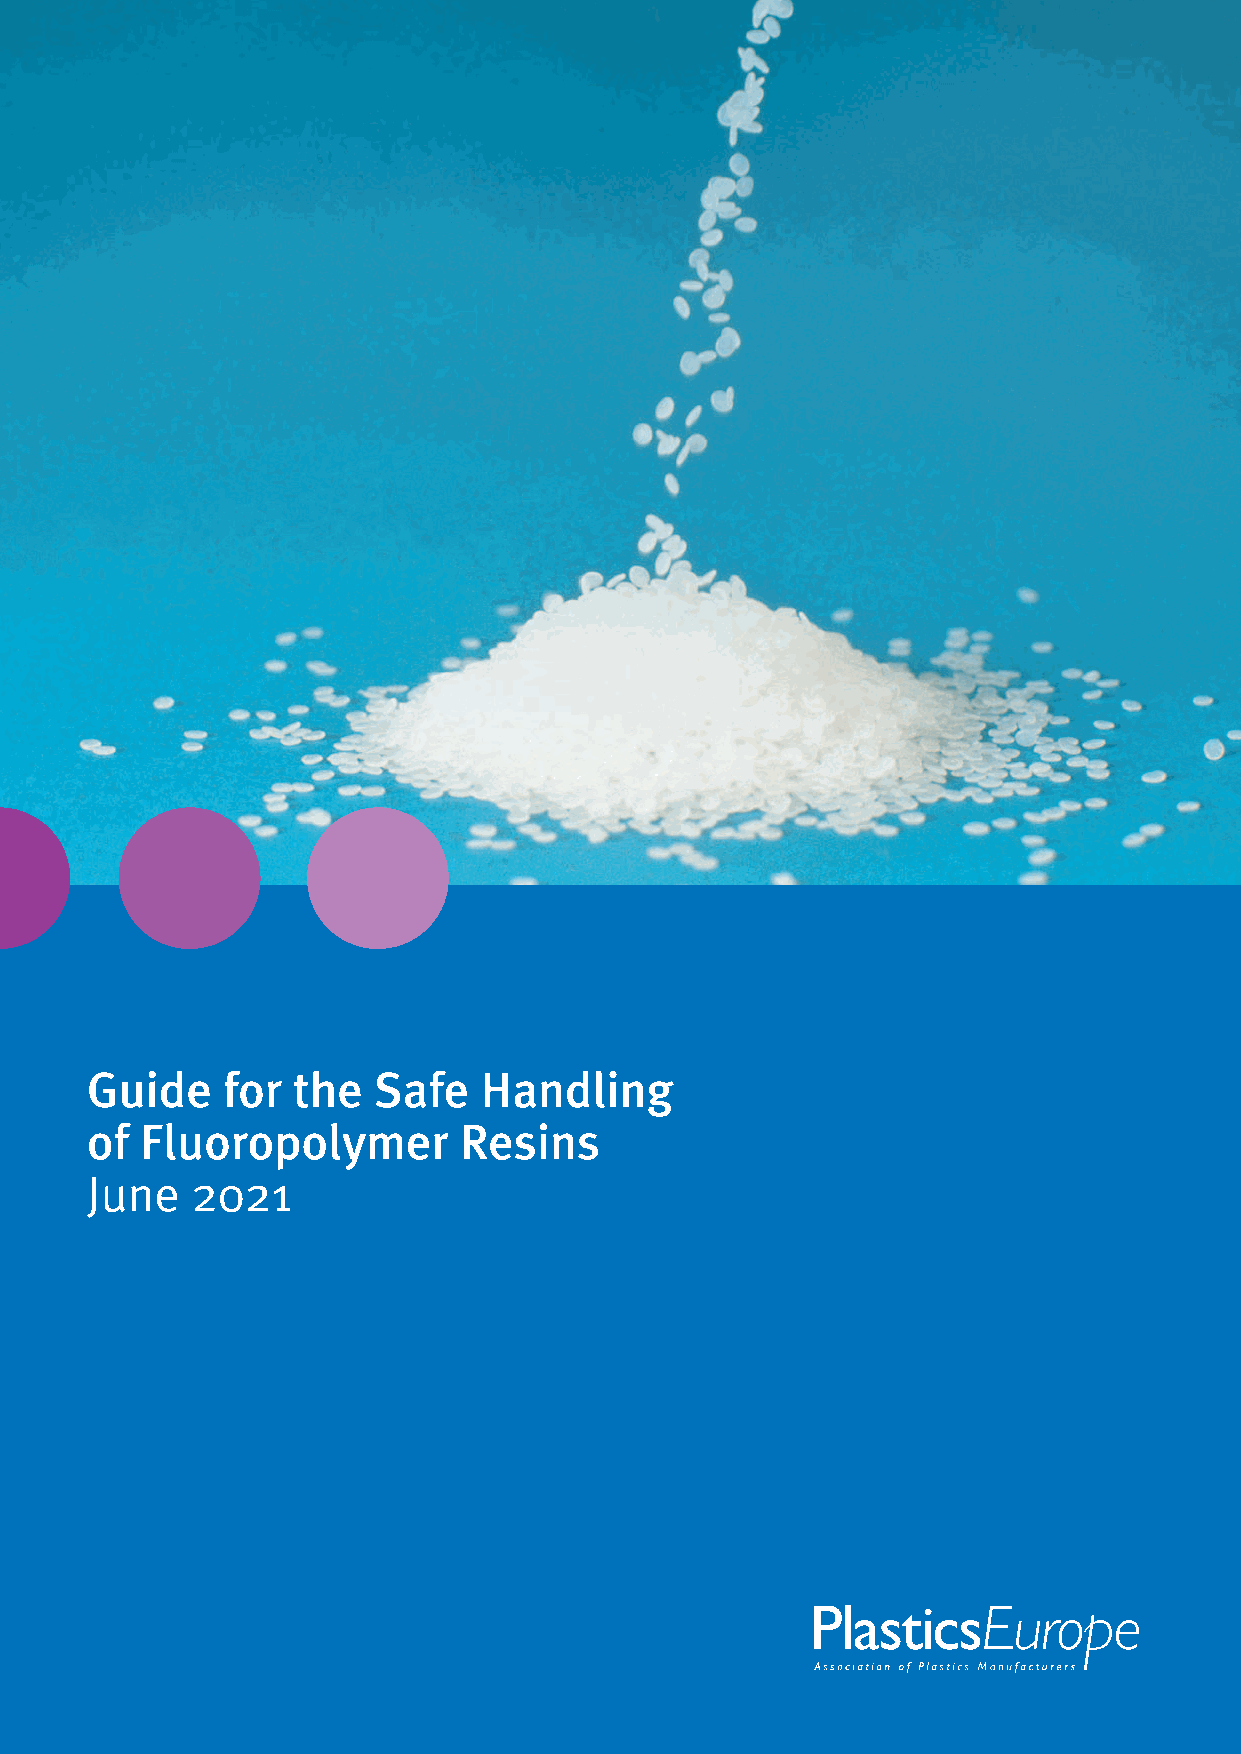
Guide    for the   Safe   Handling
 of Fluoropolymer        Resins
 June   2021